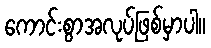
ကောင်းစွာအလုပ်ဖြစ်မှာပါ။